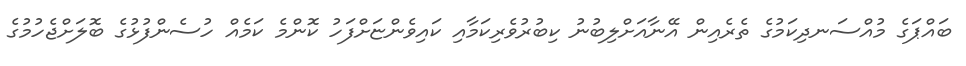
ބައްޕަގެ މުއްސަނދިކަމުގެ ތެރެއިން އޭނާއަށްލިބުނު ކިބުރުވެރިކަމާއި ކައިވެންޏަށްފަހު ކޮންމެ ކަމެއް ހުސެންފުޅުގެ ބޮލަށްޖެހުމުގެ